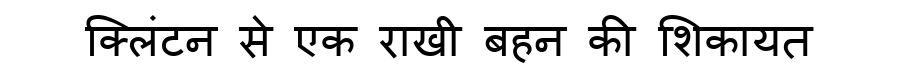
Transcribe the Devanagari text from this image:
क्लिंटन से एक राखी बहन की शिकायत